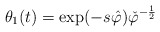
\begin{align*}\theta_{1}( t) =\exp( -s\hat{\varphi})\check{\varphi}^{-\frac{1}{2}}\end{align*}